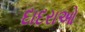
દાદરાઓ